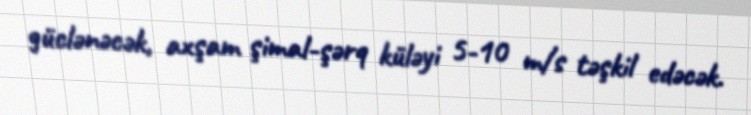
güclənəcək, axşam şimal-şərq küləyi 5-10 m/s təşkil edəcək.